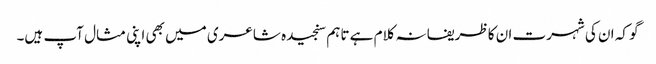
گو کہ ان کی شہرت ان کا ظریفانہ کلام ہے تاہم سنجیدہ شاعری میں بھی اپنی مثال آپ ہیں۔